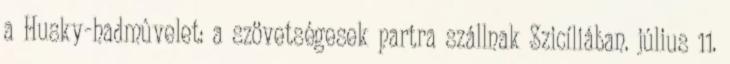
a Husky-hadmûvelet: a szövetségesek partra szállnak Szicíliában. július 11.